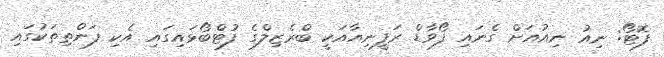
ފޮޓޯ: ނިއު ނިއުއަށް ގެނައި ފޯވާޑް ރަފީނިއާއަކީ ބްރެޒިލްގެ ފުޓްބޯޅައިގައި އެކި ފަންތިތަކުގައި